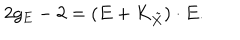
LaTeX: 2 g _ { E } - 2 = ( E + K _ { \tilde { X } } ) \cdot E .